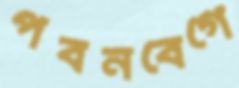
পবনবেগে